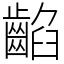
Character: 䶟